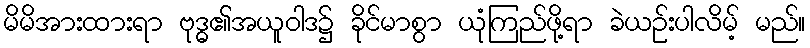
မိမိအားထားရာ ဗုဒ္ဓ၏အယူဝါဒ၌ ခိုင်မာစွာ ယုံကြည်ဖို့ရာ ခဲယဉ်းပါလိမ့် မည်။